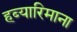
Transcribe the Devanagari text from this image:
हब्‍यारिमाना